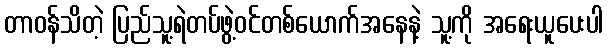
တာဝန်သိတဲ့ ပြည်သူ့ရဲတပ်ဖွဲ့ဝင်တစ်ယောက်အနေနဲ့ သူ့ကို အရေးယူပေးပါ